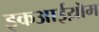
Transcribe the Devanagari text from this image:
इकआईय़ॊम